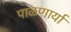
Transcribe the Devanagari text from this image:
पाळणार्या